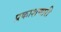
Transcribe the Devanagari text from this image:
प्रकाशणारी